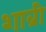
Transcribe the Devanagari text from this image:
शाब्री